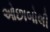
ઓછાબોલી